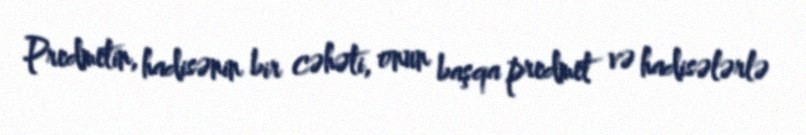
Predmetin, hadisənin bir cəhəti, onun başqa predmet və hadisələrlə